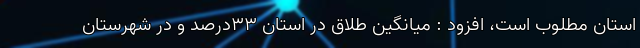
استان مطلوب است، افزود : میانگین طلاق در استان ۳۳درصد و در شهرستان